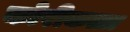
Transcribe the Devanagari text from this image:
कोरीकत्ता